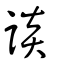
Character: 談